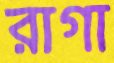
রাগা